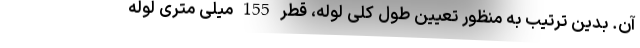
آن. بدین ترتیب به منظور تعیین طول کلی لوله، قطر 155 میلی متری لوله